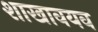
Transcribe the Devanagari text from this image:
शाखावयव